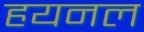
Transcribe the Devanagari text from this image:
हयनल